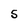
Character: S